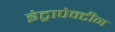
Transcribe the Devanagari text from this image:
इंट्रापेक्टीन